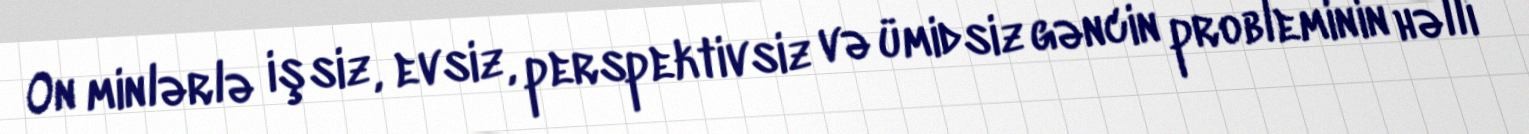
On minlərlə işsiz, evsiz, perspektivsiz və ümidsiz gəncin probleminin həlli